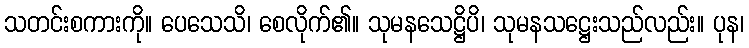
သတင်းစကားကို။ ပေသေသိ၊ စေလိုက်၏။ သုမနသေဋ္ဌိပိ၊ သုမနသဋ္ဌေးသည်လည်း။ ပုန၊